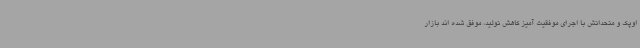
اوپک و متحداتش با اجرای موفقیت آمیز کاهش تولید، موفق شده اند بازار